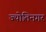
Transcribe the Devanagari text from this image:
ज्योतिनगर